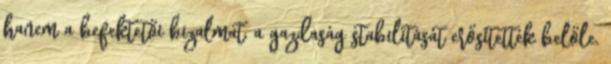
hanem a befektetői bizalmat, a gazdaság stabilitását erősítették belőle.